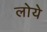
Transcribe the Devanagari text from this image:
लोये